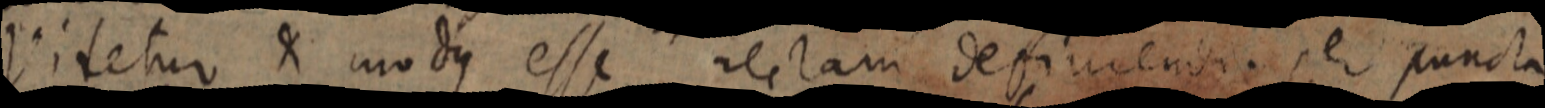
Videtur & modus esse rectam definendi. per puncta